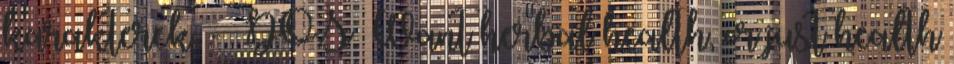
karakterek. - DOS Want herbal health, or just health